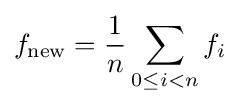
f_{\text{new}}={\frac {1}{n}}\sum _{0\leq i<n}f_{i}